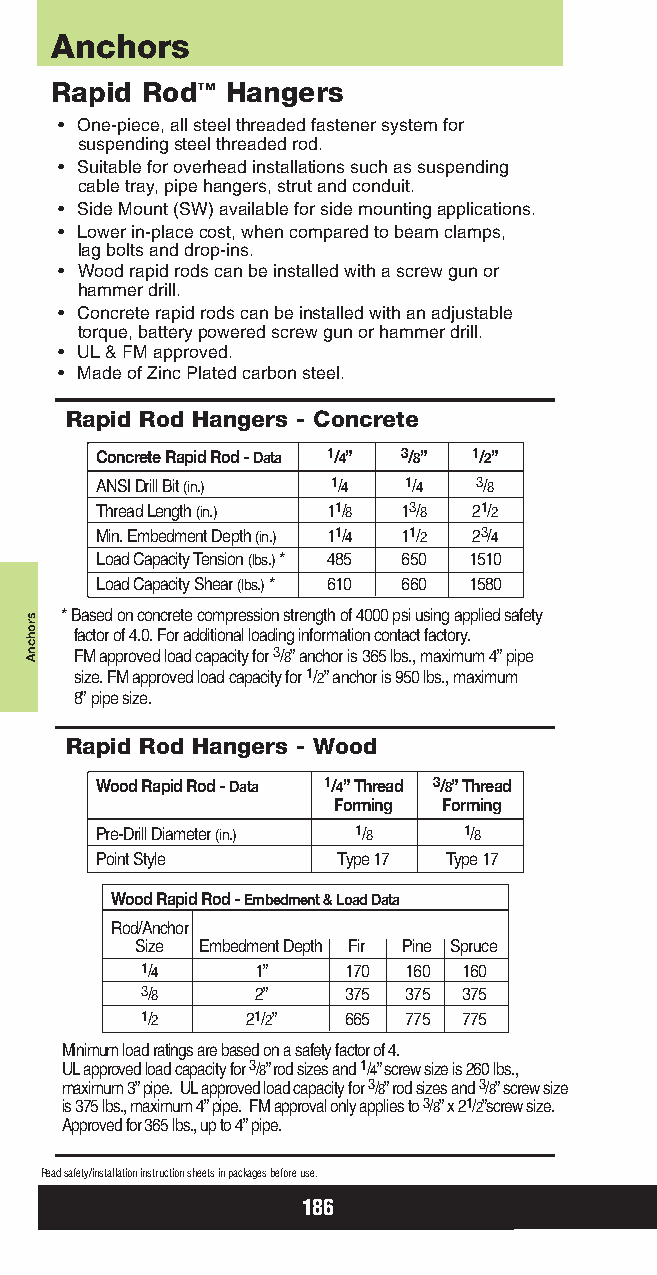
Anchors
 Rapid Rod™  Hangers
 • One-piece, all steel threaded fastener system for
 suspending steel threaded rod.
 • Suitable for overhead installations such as suspending
 cable tray, pipe hangers, strut and conduit.
 • Side Mount (SW) available for side mounting applications.
 • Lower in-place cost, when compared to beam clamps,
 lag bolts and drop-ins.
 • Wood rapid rods can be installed with a screw gun or
 hammer drill.
 • Concrete rapid rods can be installed with an adjustable
 torque, battery powered screw gun or hammer drill.
 • UL& FM approved.
 • Made of Zinc Plated carbon steel.
 Rapid Rod Hangers - Concrete
 Concrete Rapid Rod - Data 1/4” 3/8” 1/2”
 ANSIDrill Bit (in.) 1/4 1/4 3/8
 Thread Length (in.) 11/8 13/8 21/2
 Min. Embedment Depth (in.) 11/4 11/2 23/4
 Load Capacity Tension (lbs.)* 485 650 1510
 Load Capacity Shear (lbs.)* 610 660 1580
 * Based on concrete compression strength of 4000 psi using applied safety
 factor of 4.0. For additional loading information contact factory.
 FMapproved load capacity for 3/8” anchor is 365 lbs., maximum 4” pipe
 size. FMapproved load capacity for 1/2” anchor is 950 lbs., maximum
 8” pipe size.
 Rapid Rod Hangers - Wood
 Wood Rapid Rod - Data 1/4” Thread 3/8” Thread
 Forming Forming
 Pre-Drill Diameter (in.) 1/8 1/8
 Point Style     Type 17 Type 17
 Wood Rapid Rod - Embedment & Load Data
 Rod/Anchor
 Size Embedment Depth Fir Pine Spruce
 1/4     1”    170 160 160
 3/8     2”    375 375 375
 1/2    21/2”  665 775 775
 Minimum load ratings are based on a safety factor of 4.
 ULapproved load capacity for 3/8” rod sizes and 1/4” screw size is 260 lbs.,
 maximum 3” pipe. ULapproved load capacity for 3/8” rod sizes and 3/8” screw size
 is 375 lbs., maximum 4” pipe. FM approval only applies to 3/8” x 21/2”screw size.
 Approved for 365 lbs., up to 4” pipe.
 Read safety/installation instruction sheets in packages before use.
 186
 srohcnA